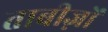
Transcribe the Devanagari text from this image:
ताबीज़ों